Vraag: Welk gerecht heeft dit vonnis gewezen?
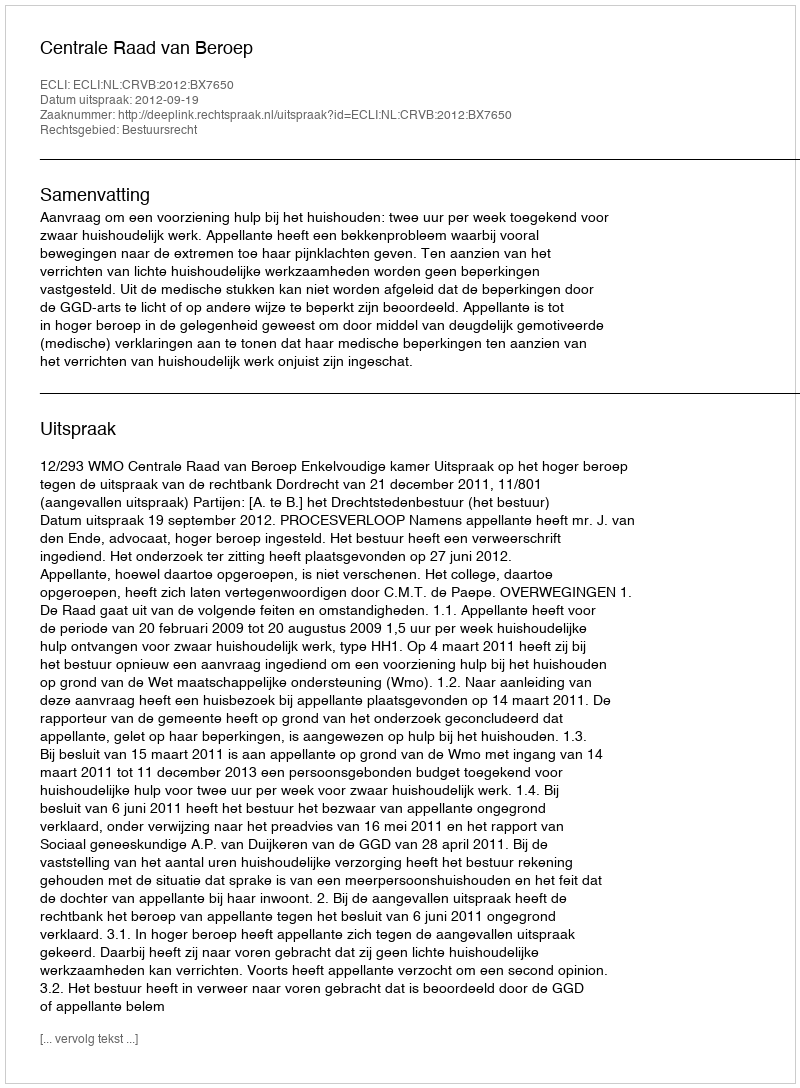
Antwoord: Centrale Raad van Beroep